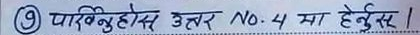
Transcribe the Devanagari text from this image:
पार्टिन्हुहोस उत्तर No.4 मा हेर्नुस् ।